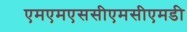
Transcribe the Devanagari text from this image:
एमएमएससीएमसीएमडी